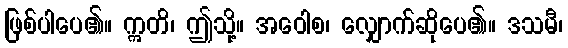
ဖြစ်ပါပေ၏။ ဣတိ၊ ဤသို့။ အဝေါစ၊ လျှောက်ဆိုပေ၏။ ဒသမီ၊